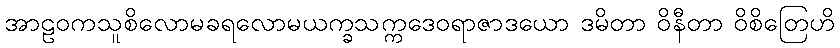
အာဠဝကသူစိလောမခရလောမယက္ခသက္ကဒေဝရာဇာဒယော ဒမိတာ ဝိနီတာ ဝိစိတြေဟိ